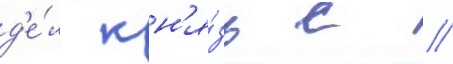
д'е́л кн'я́зь с //